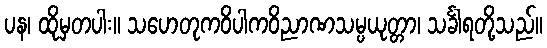
ပန၊ ထိုမှတပါး။ သဟေတုကဝိပါကဝိညာဏသမ္ပယုတ္တာ၊ သင်္ခါရတို့သည်။